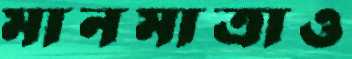
মানমাত্রাও